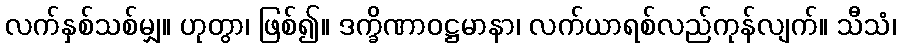
လက်နှစ်သစ်မျှ။ ဟုတွာ၊ ဖြစ်၍။ ဒက္ခိဏာဝဋ္ဌမာနာ၊ လက်ယာရစ်လည်ကုန်လျက်။ သီသံ၊